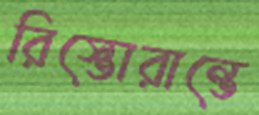
রিস্তোরান্তে